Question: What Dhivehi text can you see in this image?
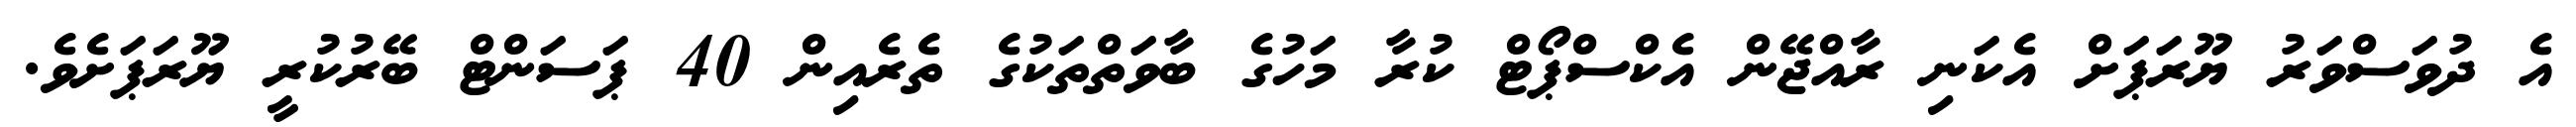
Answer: އެ ދުވަސްވަރު ޔޫރަޕަށް އެކަނި ރާއްޖޭން އެކްސްޕޯޓް ކުރާ މަހުގެ ބާވަތްތަކުގެ ތެރެއިން 40 ޕަސަންޓް ބޭރުކުރީ ޔޫރަޕަށެވެ.